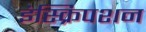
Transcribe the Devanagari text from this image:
इंस्क्रिपशन